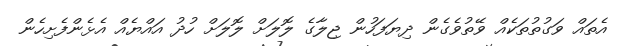
އެތައް ވަގުތުތަކެއް ވޭތުވެގެން ދިޔަފަހުން ޖިލާގެ ލޮލަށް ލޮލަށް ހުދު އައްޔެއް އެޅެންފެށިހެން